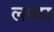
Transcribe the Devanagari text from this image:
लव्वा